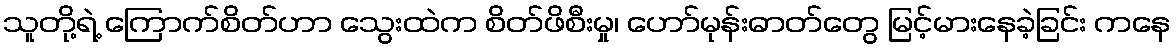
သူတို့ရဲ့ ကြောက်စိတ်ဟာ သွေးထဲက စိတ်ဖိစီးမှု၊ ဟော်မုန်းဓာတ်တွေ မြင့်မားနေခဲ့ခြင်း ကနေ